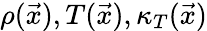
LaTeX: \rho(\vec{x}),T(\vec{x}),\kappa_{T}(\vec{x})